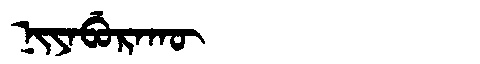
Manchu: ᠨᡳᠶᠠᠪᡠᡵᠠᡴᡡ
Romanization: NIYABURAKŪ